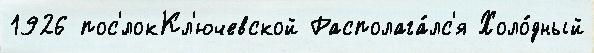
1926 пос'́локКл'ючевской Располага́лс'я Холо́дный